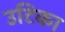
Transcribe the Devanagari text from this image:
उटिका